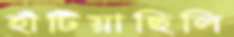
হাঁটিয়াছিলি